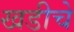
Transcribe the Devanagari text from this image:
खडीचे